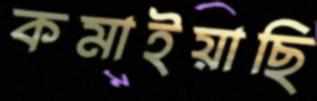
কমাইয়াছি